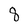
Character: 8